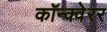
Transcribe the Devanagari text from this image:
कॉन्क्वेरर